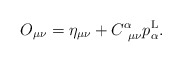
\begin{align*}O_{\mu\nu}=\eta_{\mu\nu}+C_{\ \mu\nu}^{\alpha}p_{\alpha}^{\rm L}.\end{align*}